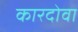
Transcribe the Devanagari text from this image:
कारदोवा